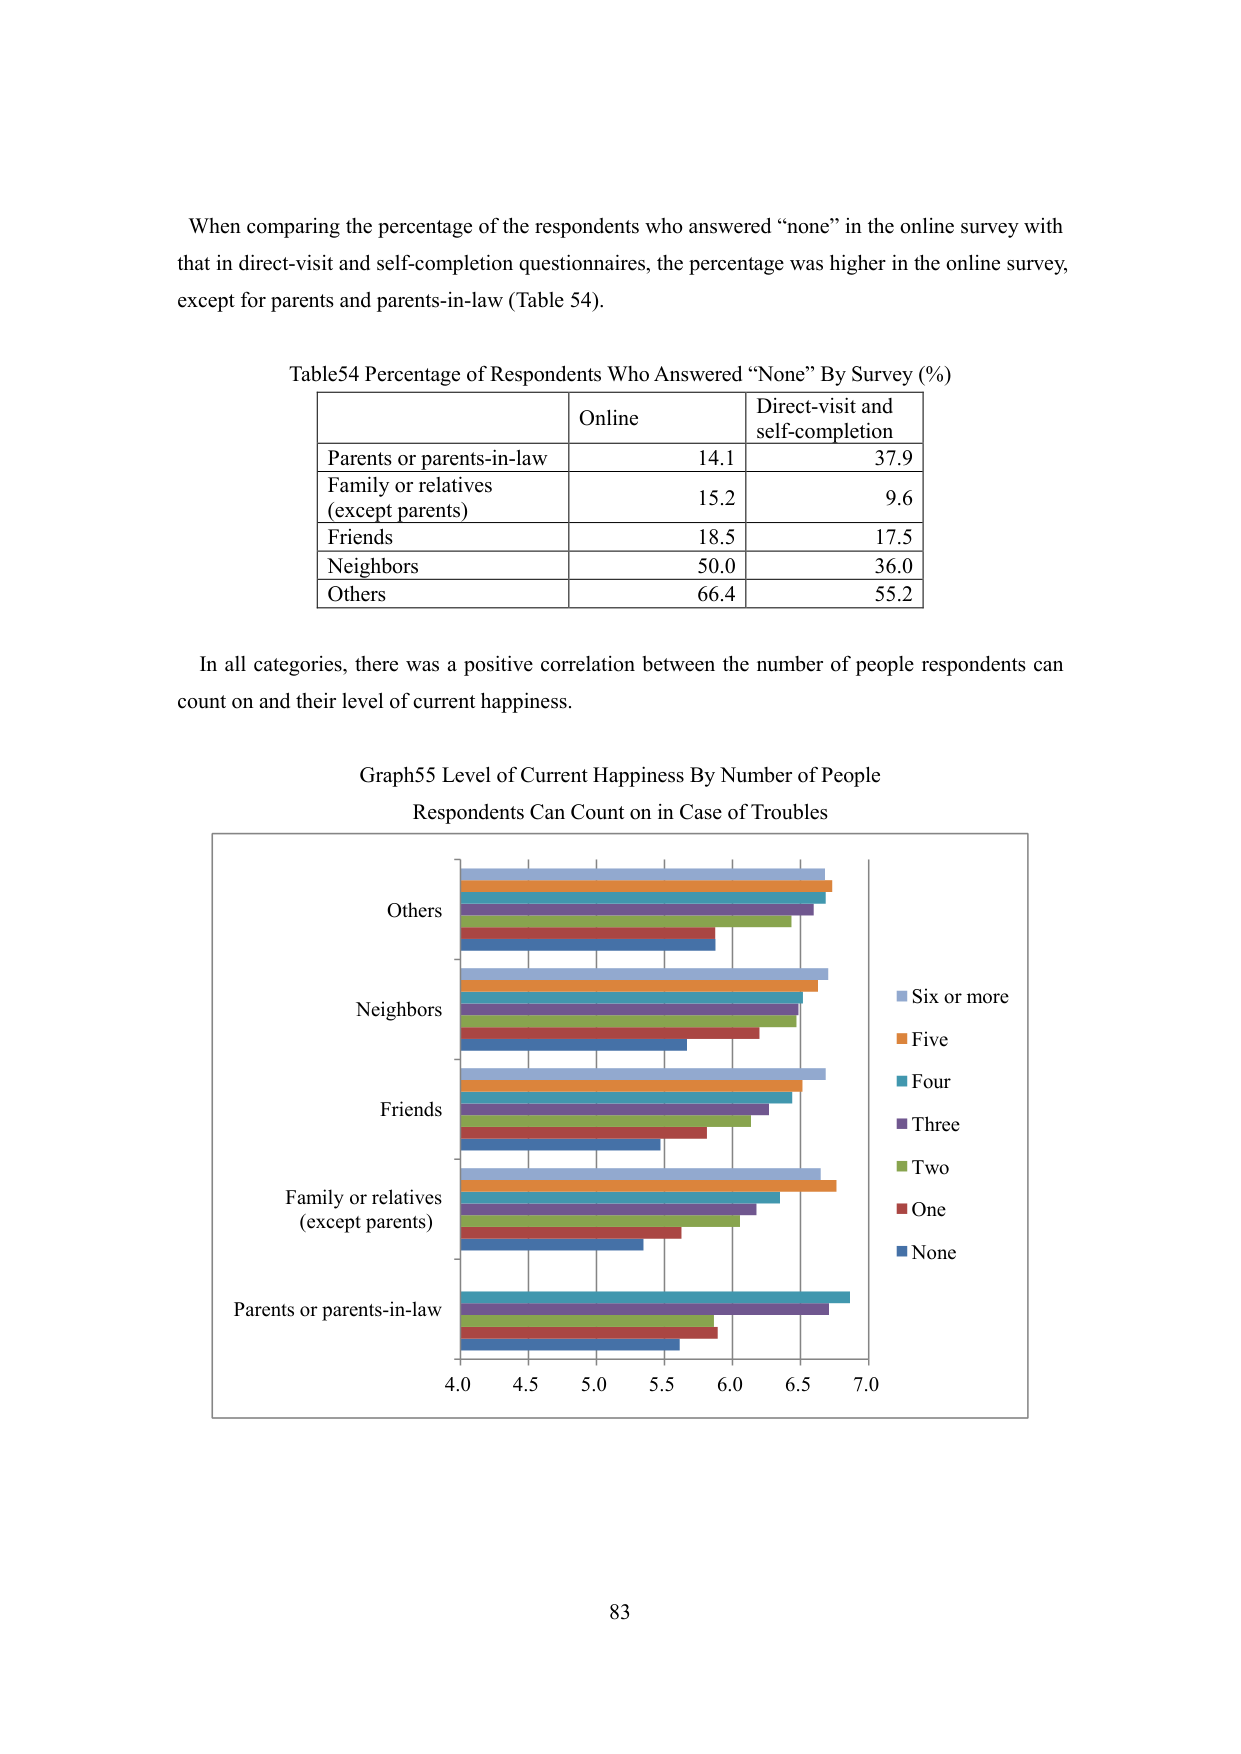
When comparing the percentage of the respondents who answered “none” in the online survey with that in direct-visit and self-completion questionnaires, the percentage was higher in the online survey, except for parents and parents-in-law (Table 54).

Table54 Percentage of Respondents Who Answered “None” By Survey (%)
Online	Direct-visit and self-completion
Parents or parents-in-law	14.1	37.9
Family or relatives (except parents)	15.2	9.6
Friends	18.5	17.5
Neighbors	50.0	36.0
Others	66.4	55.2

In all categories, there was a positive correlation between the number of people respondents can count on and their level of current happiness.

Graph55 Level of Current Happiness By Number of People Respondents Can Count on in Case of Troubles

Others
Neighbors
Friends
Family or relatives (except parents)
Parents or parents-in-law
4.0	4.5	5.0	5.5	6.0	6.5	7.0
Six or more
Five
Four
Three
Two
One
None

83